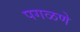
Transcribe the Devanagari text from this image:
पगळणे